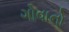
ગોવાનો